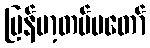
မြန်မာ့တပ်မတော်